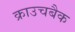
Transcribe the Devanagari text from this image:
क्राउचबैक